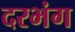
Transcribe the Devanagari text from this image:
दरभंग